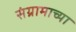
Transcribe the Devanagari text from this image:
संग्रामाच्या